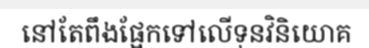
នៅតែពឹងផ្អែកទៅលើទុនវិនិយោគ